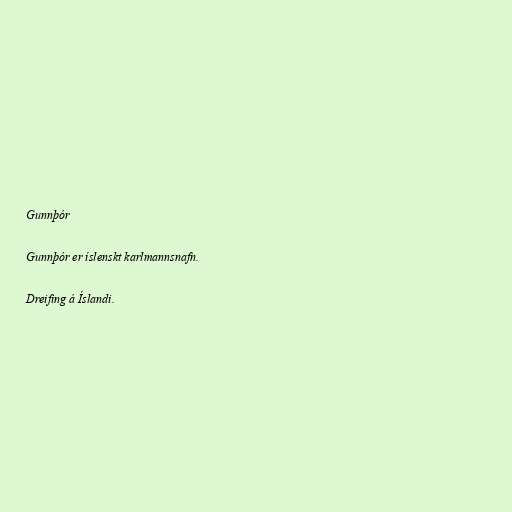
Gunnþór

Gunnþór er íslenskt karlmannsnafn.

Dreifing á Íslandi.